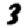
Digit: 3